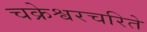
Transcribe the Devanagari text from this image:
चक्रेश्वरचरिते